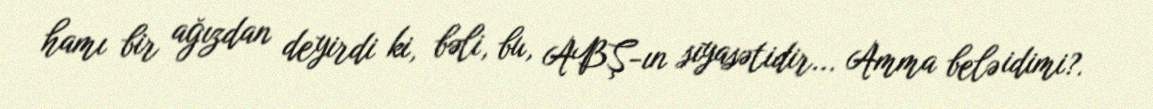
hamı bir ağızdan deyirdi ki, bəli, bu, ABŞ-ın siyasətidir... Amma belə idimi?.